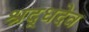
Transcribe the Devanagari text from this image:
श्रद्धदेव